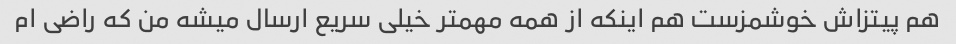
هم پیتزاش خوشمزست هم اینکه از همه مهمتر خیلی سریع ارسال میشه من که راضی ام